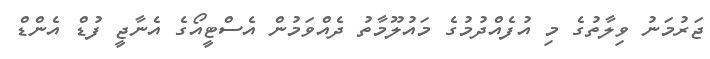
ޖަރުމަނު ވިލާތުގެ މި އުފެއްދުމުގެ މައުލޫމާތު ދެއްވަމުން އެސްޓީއޯގެ އެނާޖީ ފުޑް އެންޑް